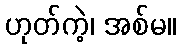
ဟုတ်ကဲ့၊ အစ်မ။